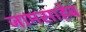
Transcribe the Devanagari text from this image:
जामसाहेब